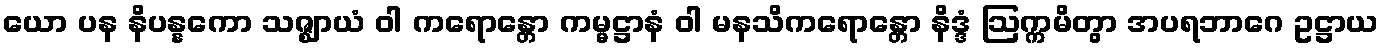
ယော ပန နိပန္နကော သဇ္ဈာယံ ဝါ ကရောန္တော ကမ္မဋ္ဌာနံ ဝါ မနသိကရောန္တော နိဒ္ဒံ ဩက္ကမိတွာ အပရဘာဂေ ဥဋ္ဌာယ